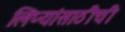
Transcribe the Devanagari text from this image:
लिप्यांसाठीची